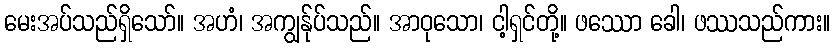
မေးအပ်သည်ရှိသော်။ အဟံ၊ အကျွန်ုပ်သည်။ အာဝုသော၊ ငါ့ရှင်တို့။ ဖဿော ခေါ၊ ဖဿသည်ကား။